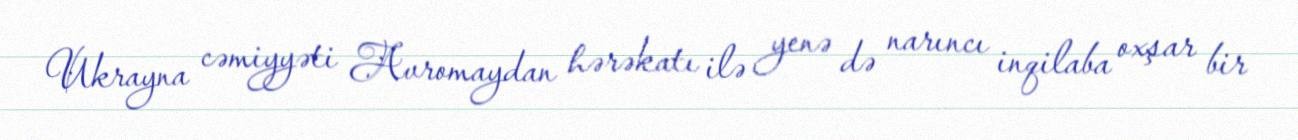
Ukrayna cəmiyyəti Avromaydan hərəkatı ilə yenə də narıncı inqilaba oxşar bir